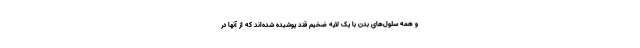
و همه سلول‌های بدن با یک لایه ضخیم قند پوشیده شده‌اند که از آنها در